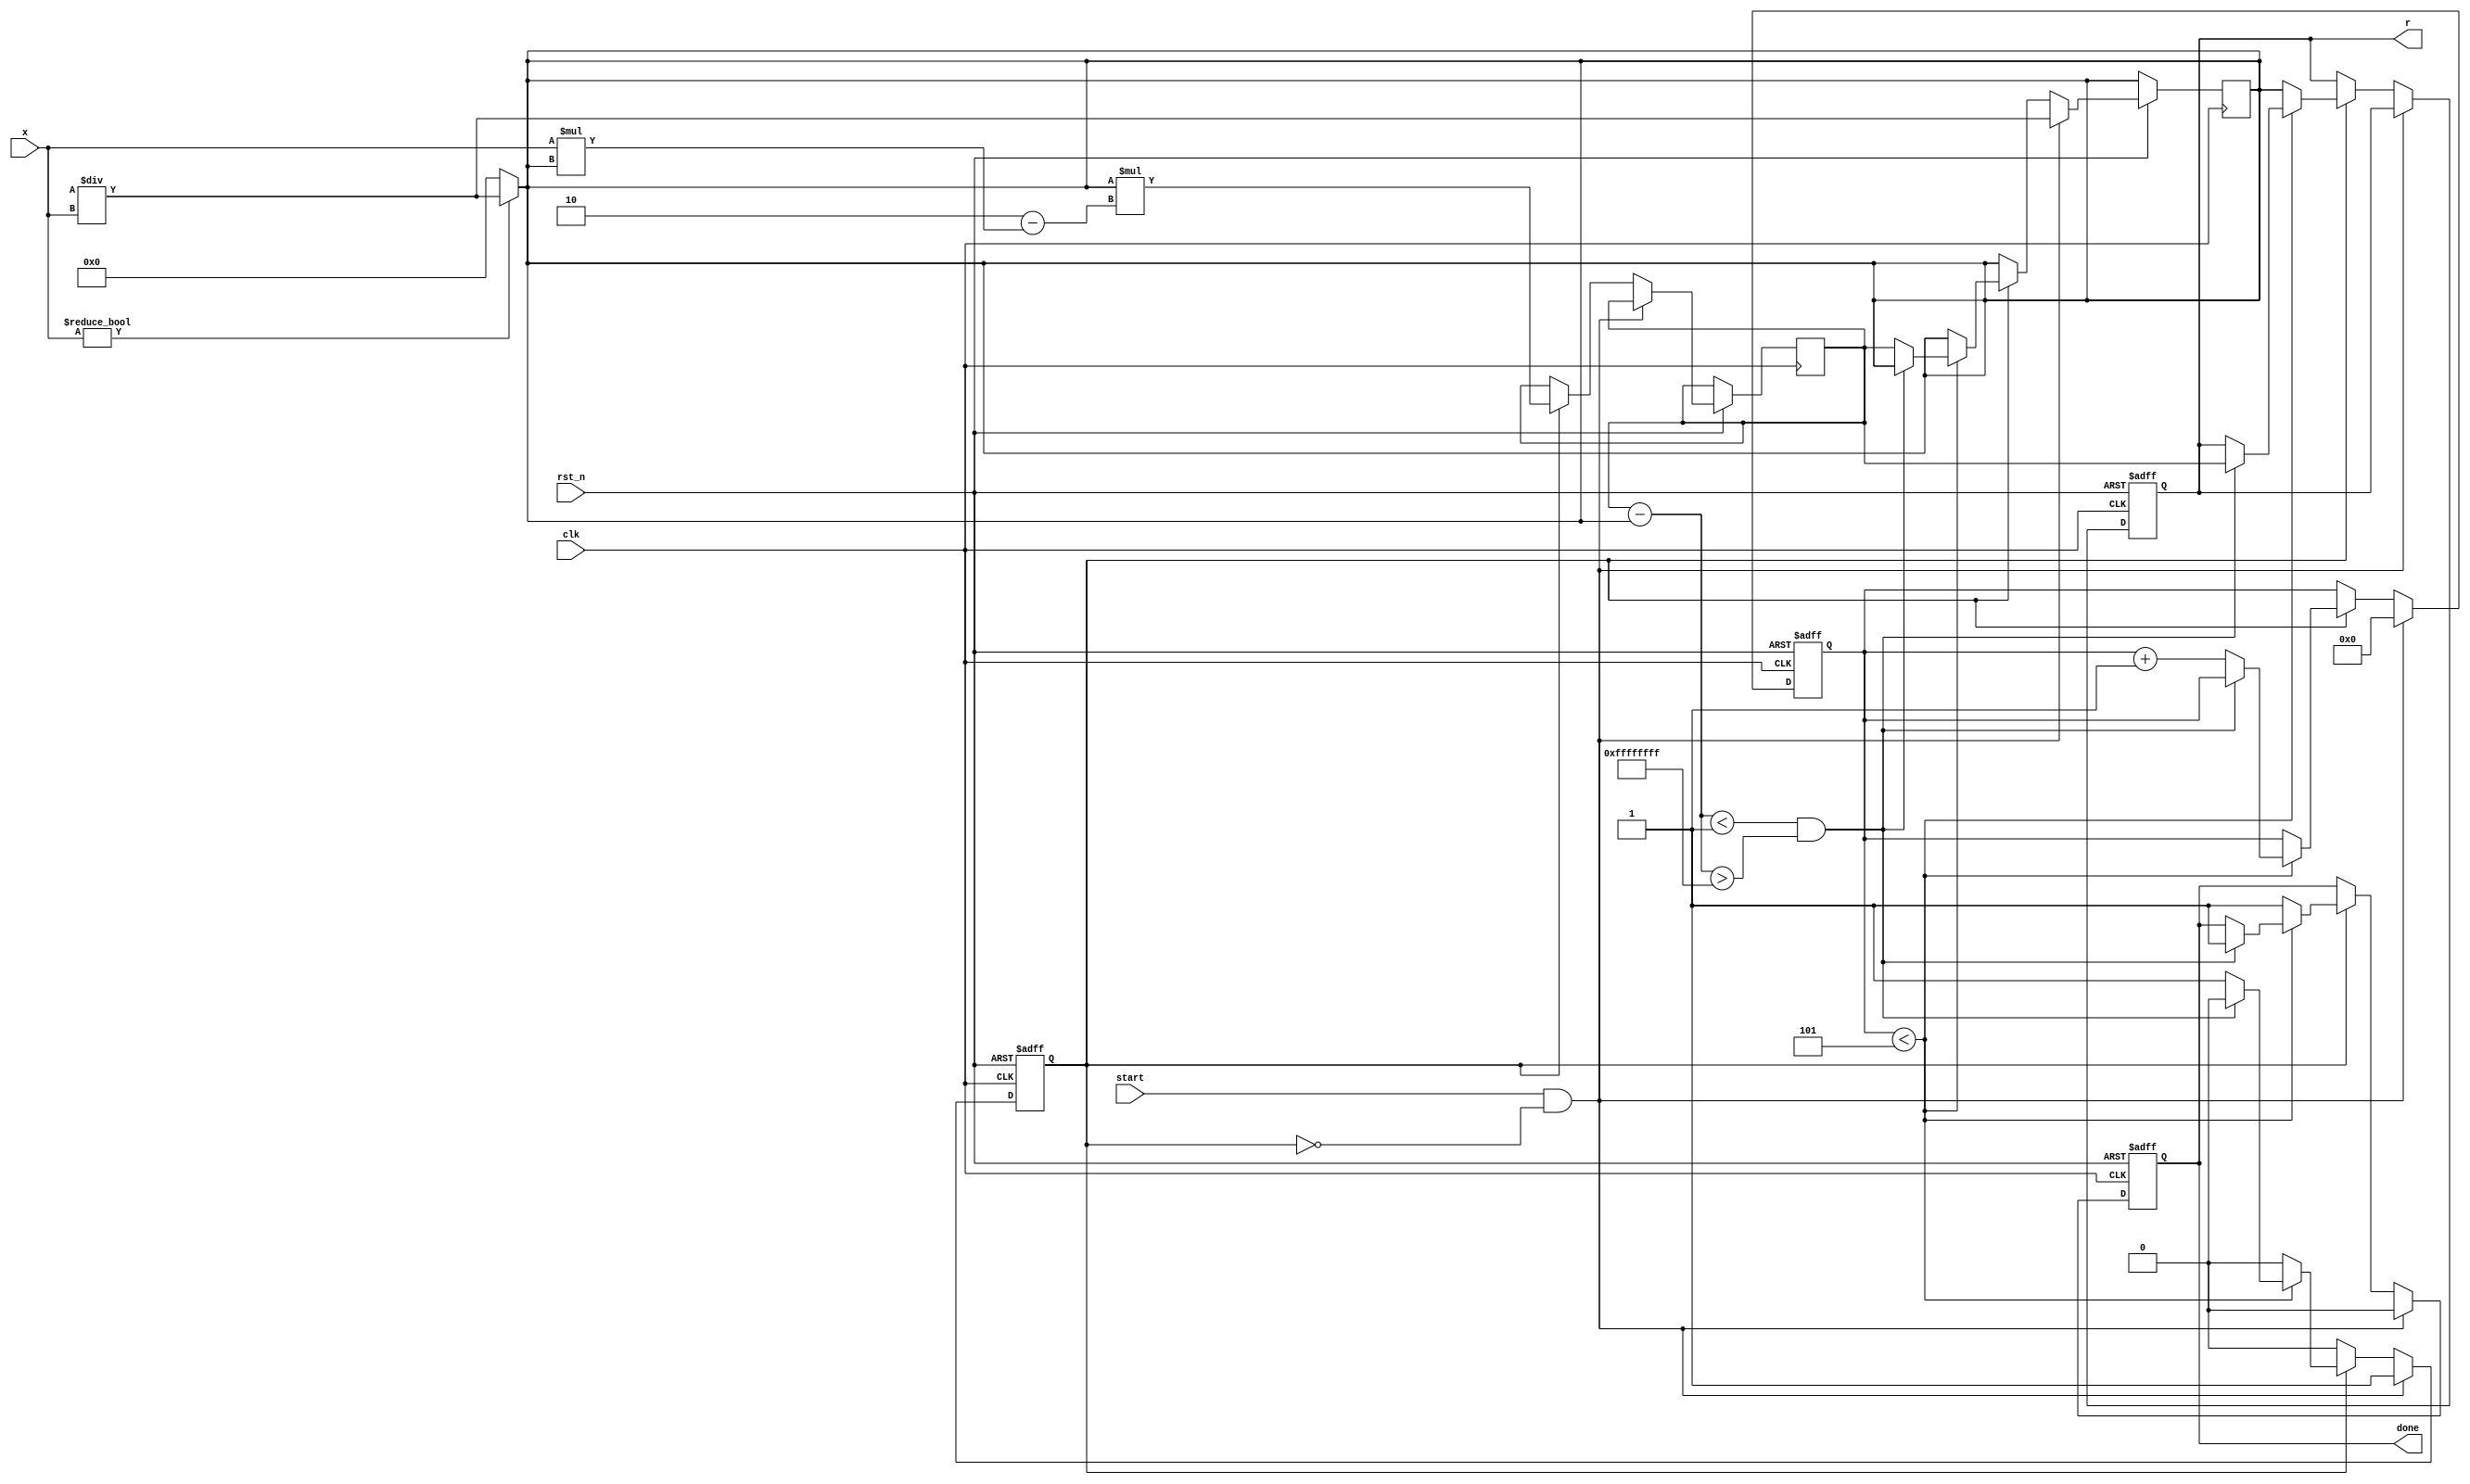
module newton_raphson_reciprocal #(
    parameter DATA_WIDTH = 32,       // Width of input and output data
    parameter MAX_ITERATIONS = 5,     // Maximum number of iterations
    parameter THRESHOLD = 32'h00000001 // Convergence threshold
)(
    input wire clk,                   // Clock signal
    input wire rst_n,                 // Active low reset
    input wire [DATA_WIDTH-1:0] x,    // Input value
    input wire start,                 // Signal to start computation
    output reg [DATA_WIDTH-1:0] r,    // Reciprocal output
    output reg done                   // Indicates completion
);

    reg [DATA_WIDTH-1:0] g;           // Current guess
    reg [DATA_WIDTH-1:0] g_next;      // Next guess
    reg [4:0] iteration_count;         // Iteration counter
    reg computing;                     // State indicating computation is ongoing

    // Initial guess calculation: G = 2 / X
    always @(*) begin
        if (x != 0)  // Avoid division by zero
            g = (2 << (DATA_WIDTH-1)) / x; // 2 in fixed-point representation
        else
            g = 0; // Handle zero input case
    end

    // Iteration process
    always @(posedge clk or negedge rst_n) begin
        if (!rst_n) begin
            r <= 0;
            iteration_count <= 0;
            done <= 0;
            computing <= 0;
        end else if (start && !computing) begin
            // Start computation
            g <= (2 << (DATA_WIDTH-1)) / x; // Initialize g
            iteration_count <= 0;
            computing <= 1;
            done <= 0;
        end else if (computing) begin
            // Perform iteration
            g_next <= g * (2 - x * g); // Update guess
            if (iteration_count < MAX_ITERATIONS) begin
                // Check for convergence
                if (g_next - g < THRESHOLD && g_next - g > -THRESHOLD) begin
                    r <= g_next; // Set output
                    done <= 1;    // Set done signal
                    computing <= 0; // Exit computing state
                end else begin
                    g <= g_next; // Update current guess
                    iteration_count <= iteration_count + 1; // Increment count
                end
            end else begin
                // Maximum iterations reached
                r <= g; // Output the current guess
                done <= 1; // Set done signal
                computing <= 0; // Exit computing state
            end
        end
    end

endmodule